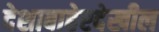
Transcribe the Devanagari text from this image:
देशाबाहेरदेखील